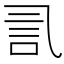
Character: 𰴧